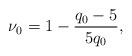
LaTeX: \begin{align*}\nu_0=1-\frac{q_0-5}{5q_0}, \end{align*}